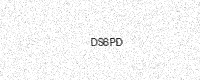
Text: DS6PD